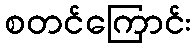
စတင်ကြောင်း